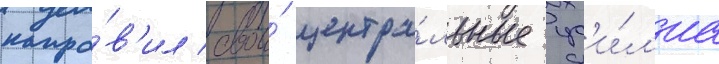
напра́в'ил свои́ центра́льные ус'и́л'иа